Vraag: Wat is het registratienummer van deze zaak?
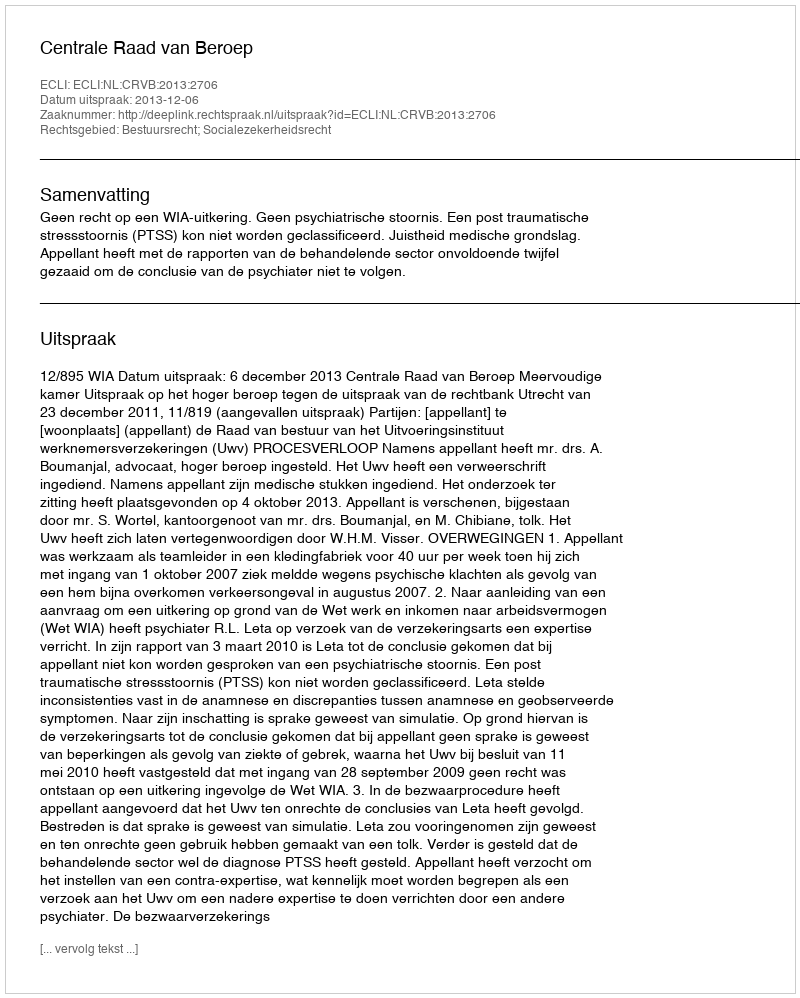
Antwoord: http://deeplink.rechtspraak.nl/uitspraak?id=ECLI:NL:CRVB:2013:2706